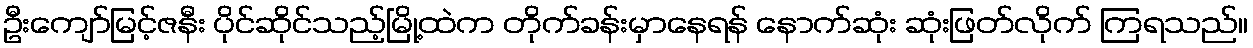
ဦးကျော်မြင့်ဇနီး ပိုင်ဆိုင်သည့်မြို့ထဲက တိုက်ခန်းမှာနေရန် နောက်ဆုံး ဆုံးဖြတ်လိုက် ကြရသည်။